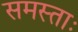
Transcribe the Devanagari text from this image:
समस्ताः